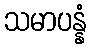
သမာပန္နံ